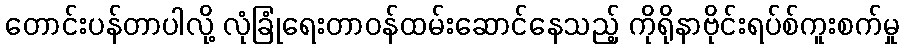
တောင်းပန်တာပါလို့ လုံခြုံရေးတာဝန်ထမ်းဆောင်နေသည့် ကိုရိုနာဗိုင်းရပ်စ်ကူးစက်မှု